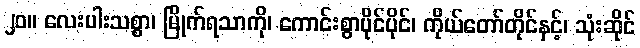
၂၀။ လေးပါးသစ္စာ၊ မြိုက်ရသာကို၊ ကောင်းစွာပိုင်ပိုင်၊ ကိုယ်တော်တိုင်နှင့်၊ သုံးဆိုင်